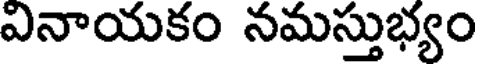
వినాయకం నమస్తుభ్యం